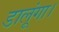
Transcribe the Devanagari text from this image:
डालूंगा।